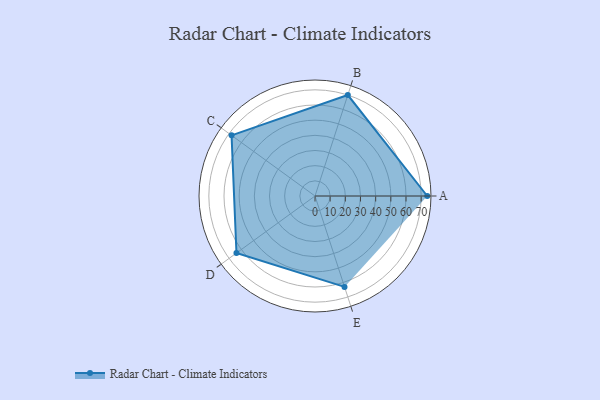
{"axis": {"x": "Skill", "y": "Score"}, "legend": ["Profile"], "data": [{"x": "A", "y": 74.0, "type": "Profile"}, {"x": "B", "y": 70.0, "type": "Profile"}, {"x": "C", "y": 68.0, "type": "Profile"}, {"x": "D", "y": 64.0, "type": "Profile"}, {"x": "E", "y": 63.0, "type": "Profile"}]}